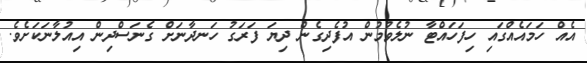
އެއް ހަމައެއްގައި ހިފަހައްޓާ ނުލެވުމުން އުފެދިގެން ދިޔަ ފަރަގު ހަނދާނަށް ގެނަސްދިން އިއުލާނަކަށެވެ.